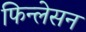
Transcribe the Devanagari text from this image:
फिन्लेसन